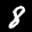
Label: 8